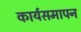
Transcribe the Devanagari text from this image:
कार्यसमापन